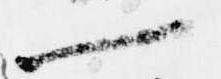
一